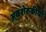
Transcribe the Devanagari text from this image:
अकशेरुकीयों